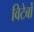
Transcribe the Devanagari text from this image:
विटेर्बो